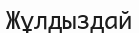
Жұлдыздай